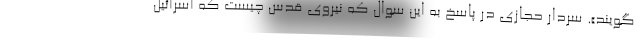
گویند». سردار حجازی در پاسخ به این سوال که نیروی قدس چیست که اسرائیل